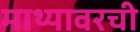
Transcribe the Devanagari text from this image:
माथ्यावरची